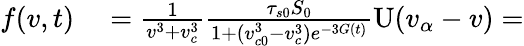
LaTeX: \begin{array}{rl}{f(v,t)}&{{}=\frac{1}{v^{3}+v_{c}^{3}}\frac{\tau_{s0}S_{0}}{1+(v_{c0}^{3}-v_{c}^{3})e^{-3G(t)}}\mathrm{U}(v_{\alpha}-v)=}\end{array}